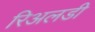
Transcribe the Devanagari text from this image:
रिअलडी